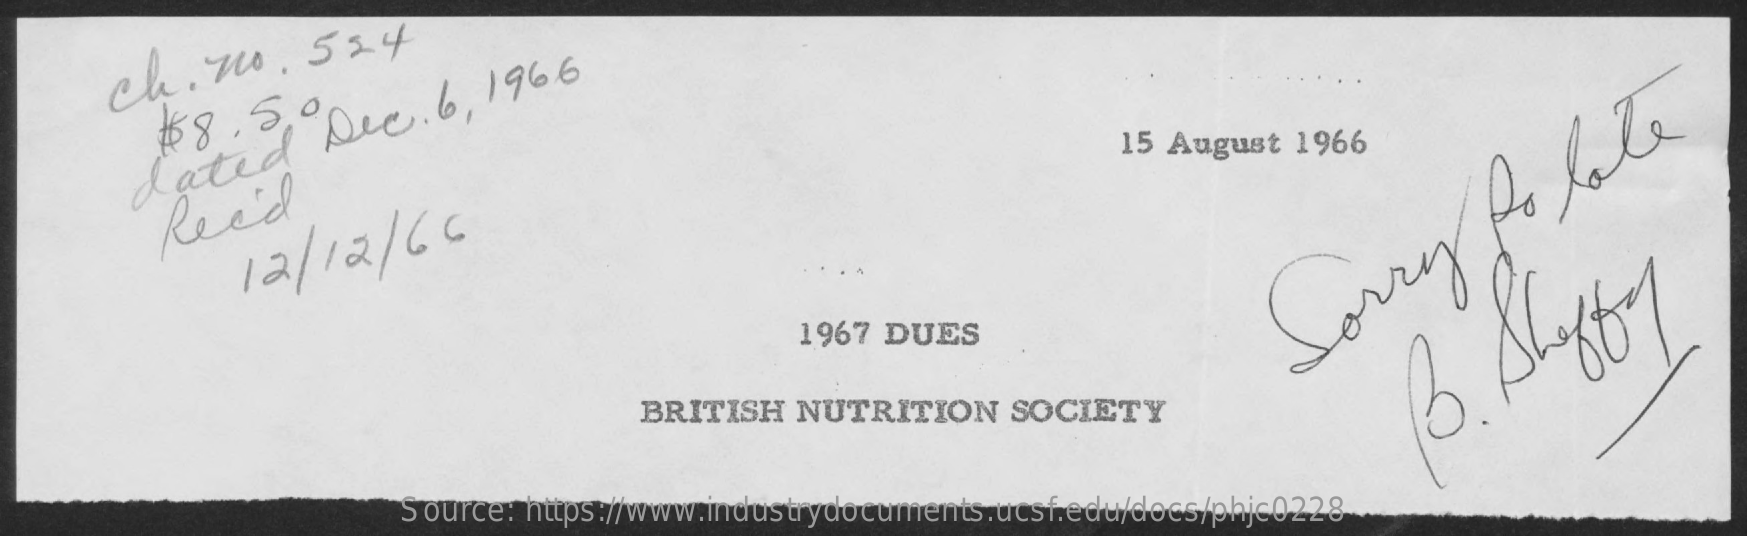
Ch.   70.   554
     $68. 50
     dated
     Dec.   6, 1966
     Reed
     12/  12 / 66
     15 August  1966
     1967 DUES
     BRITISH   NUTRITION    SOCIETY
     Sorry
     to
     late
     Source: https://www.industrydocuments.ucsf.edu/docs/phjc0228
     B.
     Shaffy